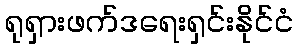
ရုရှားဖက်ဒရေးရှင်းနိုင်ငံ